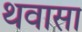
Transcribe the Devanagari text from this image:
थवासा